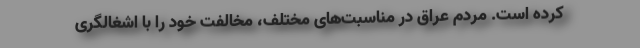
کرده است. مردم عراق در مناسبت‌های مختلف، مخالفت خود را با اشغالگری